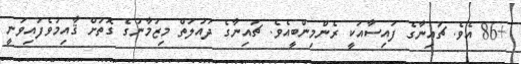
+86 އެވެ. ޗައިނާގެ ފައިސާއަކީ ރެންމިންބީއެވެ. ޗައިނާގެ ދައުލަތް މިޒަމާނުގެ ގޮތަށް ޤާއިމުވެފައިވަނީ